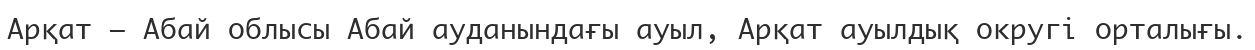
Арқат — Абай облысы Абай ауданындағы ауыл, Арқат ауылдық округі орталығы.